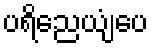
ပရိညေယျံပေ